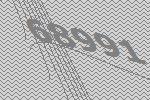
68991